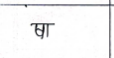
मजकूर: षा